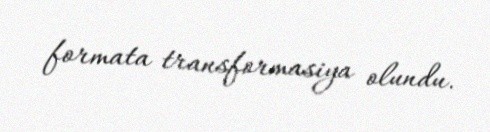
formata transformasiya olundu.